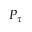
P _ { \tau }